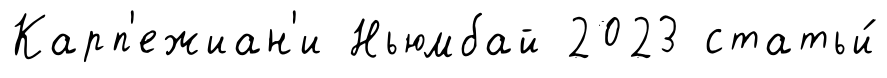
Карп'ежиан'и Ньюмбай 2023 статьи́